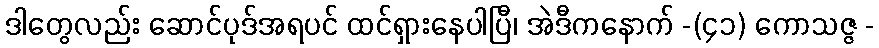
ဒါတွေလည်း ဆောင်ပုဒ်အရပင် ထင်ရှားနေပါပြီ၊ အဲဒီကနောက် -(၄၁) ကောသဇ္ဇ -